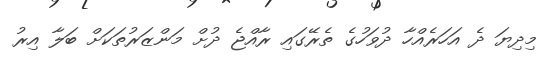
މިދިޔަ ދެ އަހަރެއްހާ ދުވަހުގެ ތެރޭގައި ރާއްޖެ ދުށް މަންޒަރުތަކަށް ބަލާ އިރު